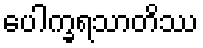
ပေါက္ခရသာတိဿ